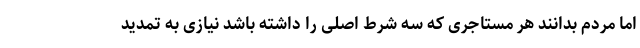
اما مردم بدانند هر مستاجری که سه شرط اصلی را داشته باشد نیازی به تمدید